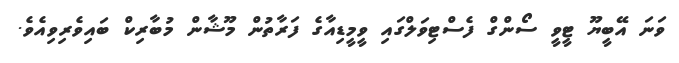
ވަނަ އޭބީޔޫ ޓީވީ ސޯންގް ފެސްޓިވަލްގައި ވީމީޑިއާގެ ފަރާތުން މޫޝާން މުބާރިކް ބައިވެރިވިއެވެ.